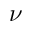
\nu